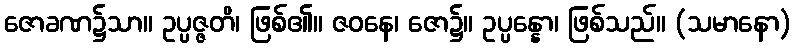
ဇောခဏ၌သာ။ ဥပ္ပဇ္ဇတိ၊ ဖြစ်၏။ ဇဝနေ၊ ဇော၌။ ဥပ္ပန္နော၊ ဖြစ်သည်။ (သမာနော)